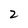
Character: 2